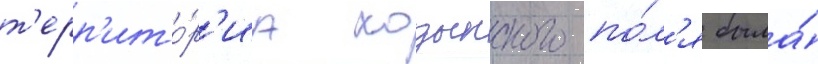
т'ерр'ито́р'иа ходынского по́л'я была́